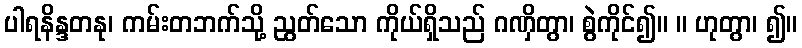
ပါရနိန္ဒတနု၊ ကမ်းတဘက်သို့ ညွတ်သော ကိုယ်ရှိသည် ဂဏှိတွာ၊ စွဲကိုင်၍။ ။ ဟုတွာ၊ ၍။